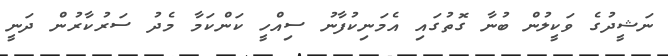
ނަޝީދުގެ ވަކީލުން ބުނާ ގޮތުގައި އެމަނިކުފާނު ސިއްހީ ކަންކަމާ މެދު ސަރުކާރުން ދަނީ